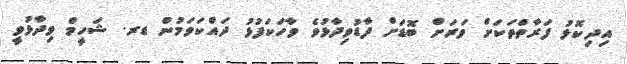
އިދިކޮޅު ފަރާތްތަކަށް ވަރަށް ބޮޑަށް ފާޑުވިދާޅުވެ ވާހަކަފުޅު ދައްކަވަމުން ޑރ. ޝަހީމް ވިދާޅުވީ